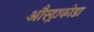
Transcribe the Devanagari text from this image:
औस्ट्राकोडा